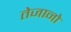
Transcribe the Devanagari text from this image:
तेजानो